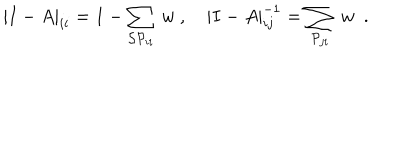
LaTeX: | I - A | _ { i i } = 1 - \sum _ { { \cal S P } _ { i i } } \ w \ , \quad | I - A | _ { i j } ^ { - 1 } = \sum _ { { \cal P } _ { j i } } \ w \ \ .